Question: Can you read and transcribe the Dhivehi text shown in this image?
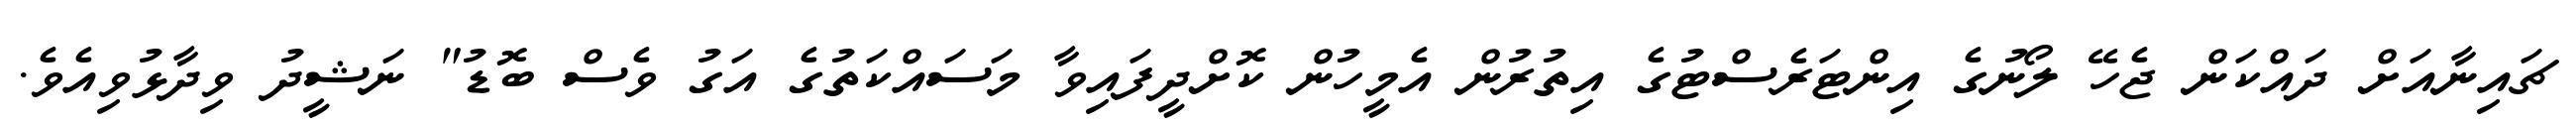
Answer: ޗައިނާއަށް ދައްކަން ޖެހޭ ލޯނުގެ އިންޓަރެސްޓުގެ އިތުރުން އެމީހުން ކޮށްދީފައިވާ މަސައްކަތުގެ އަގު ވެސް ބޮޑު" ނަޝީދު ވިދާޅުވިއެވެ.